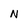
Character: N